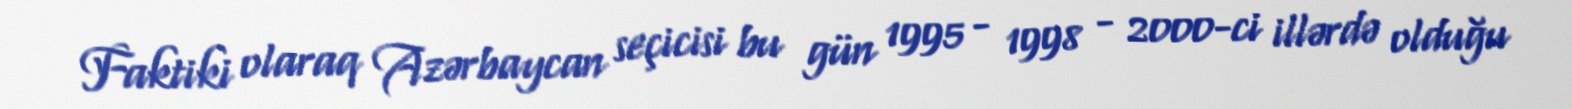
Faktiki olaraq Azərbaycan seçicisi bu gün 1995 - 1998 - 2000-ci illərdə olduğu